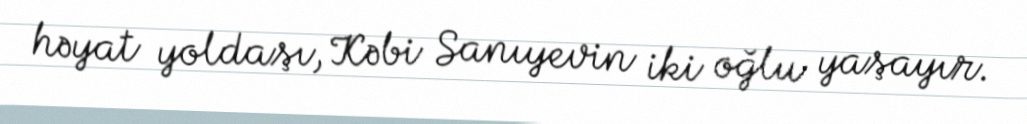
həyat yoldaşı, Kəbi Sanıyevin iki oğlu yaşayır.